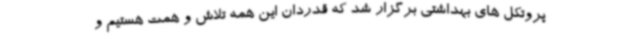
پروتکل های بهداشتی برگزار شد که قدردان این همه تلاش و همت هستیم و